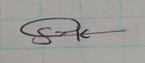
Signature authenticity: genuine